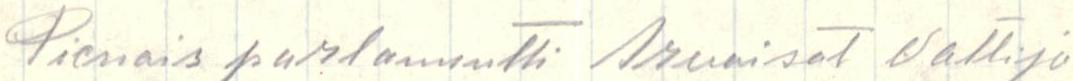
Pienoisparlamentti Arvoisat Valtijo